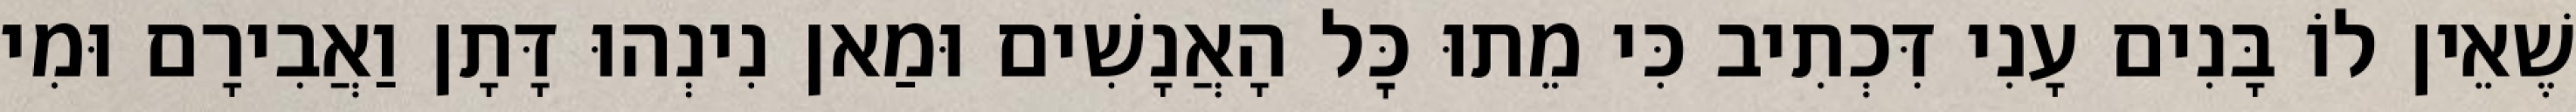
שֶׁאֵין לוֹ בָּנִים עָנִי דִּכְתִיב כִּי מֵתוּ כׇּל הָאֲנָשִׁים וּמַאן נִינְהוּ דָּתָן וַאֲבִירָם וּמִי